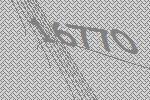
16770